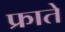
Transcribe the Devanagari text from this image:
फ्राते